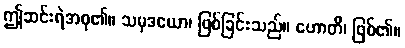
ဤဆင်းရဲအစု၏။ သမုဒယော၊ ဖြစ်ခြင်းသည်။ ဟောတိ၊ ဖြစ်၏။